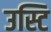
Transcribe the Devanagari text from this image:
उस्टि